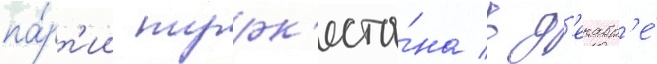
па́рт'ии турк'еста́на в д'екабр'е́